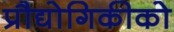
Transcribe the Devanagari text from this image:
प्रौद्योगिकीको